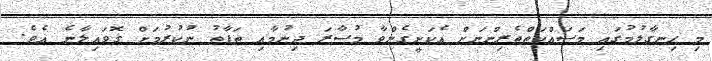
މި ހިނގާލުމުގައި މަސައްކަތްތެރިންނަށް އެކަށީގެންވާ މުސާރަ ދިނުމާއި ތަފާތު ނުކުރުމަށް ގޮވައިލާނެ އެވެ.